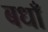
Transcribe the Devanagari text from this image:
बधाँ